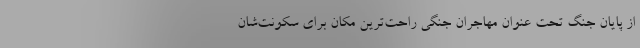
از پایان جنگ تحت عنوان مهاجران جنگی راحت‌ترین مکان برای سکونت‌شان